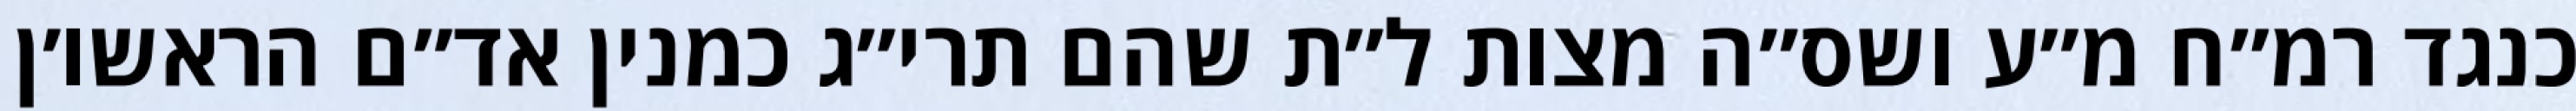
כנגד רמ״ח מ״ע ושס״ה מצות ל״ת שהם תרי״ג כמנין אד״ם הראשו׳ן